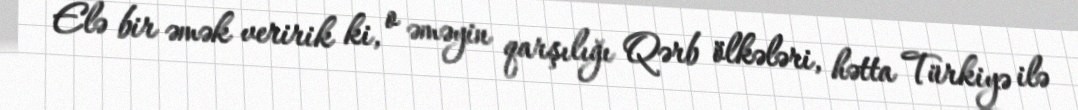
Elə bir əmək veririk ki, o əməyin qarşılığı Qərb ölkələri, hətta Türkiyə ilə